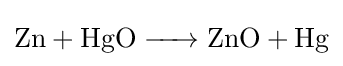
{\ce {Zn + HgO -> ZnO + Hg}}